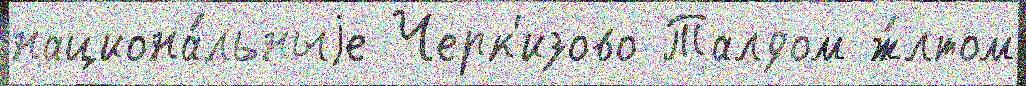
национа́льныjе Черк'изово Талдом ж́лтом